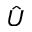
\hat { U }